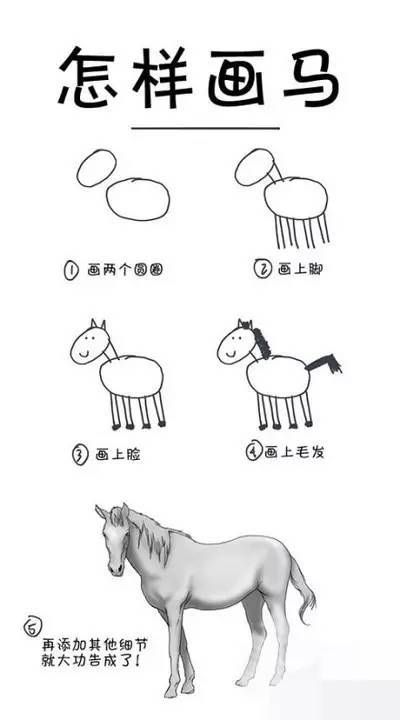
水之形避高而趋下，兵之形避实而击虚。